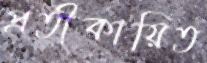
প্রতীকায়িত